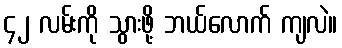
၄၂ လမ်းကို သွားဖို့ ဘယ်လောက် ကျလဲ။